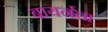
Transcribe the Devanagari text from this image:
बायर्नचा